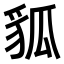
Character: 𧲲